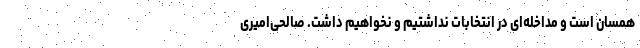
همسان است و مداخله‌ای در انتخابات نداشتیم و نخواهیم داشت. صالحی‌امیری